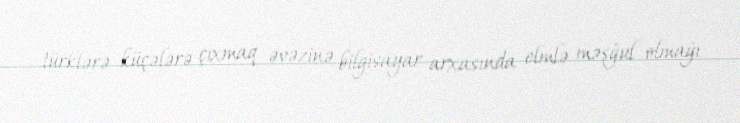
türklərə küçələrə çıxmaq əvəzinə bilgisayar arxasında elmlə məşğul olmağı